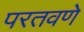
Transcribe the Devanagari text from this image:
परतवणे